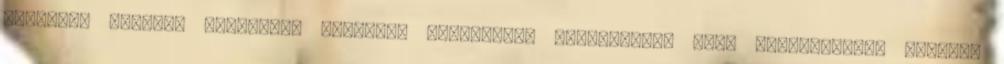
Trükkök, tippek, fortélyok magányos férfiaknak Elkészítési idő: gyakorlattól függően